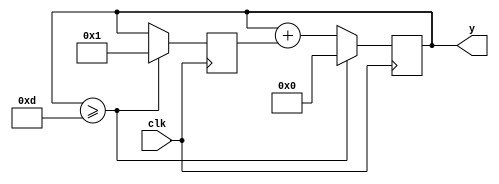



module fib ( 
  input clk,
  output reg [3:0] y
);
  
  reg [3:0] past;
  
  initial
    begin
      past = 4'd1;
      y = 4'd0;
    end
  
  always @( posedge clk )
    begin 
      if ( y >= 13)
        begin
          past <= 4'd1;
          y <= 4'd0;
        end
      else
        begin
          y <= y + past;
          past <= y;
        end
    end
  
endmodule